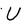
Character: U